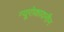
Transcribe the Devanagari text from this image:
न्यूरोकायनीन